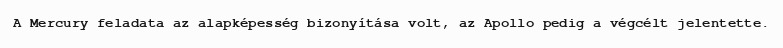
A Mercury feladata az alapképesség bizonyítása volt, az Apollo pedig a végcélt jelentette.